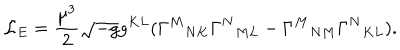
{ \cal L } _ { E } = \frac { \mu ^ { 3 } } { 2 } \sqrt { - g } g ^ { K L } ( \Gamma ^ { M } { } _ { N K } \Gamma ^ { N } { } _ { M L } - \Gamma ^ { M } { } _ { N M } \Gamma ^ { N } { } _ { K L } ) .